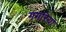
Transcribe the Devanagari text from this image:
गगरियां